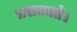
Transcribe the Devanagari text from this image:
प्रसज्यते।